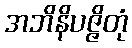
အဘိနိပဇ္ဇိတုံ